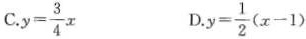
C. $$y = \frac { 3 } { 4 } x$$ D. $$y = \frac { 1 } { 2 } ( x - 1 )$$